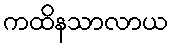
ကထိနသာလာယ